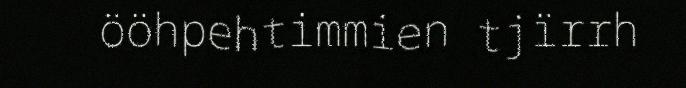
ööhpehtimmien tjïrrh